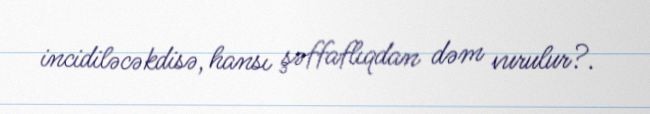
incidiləcəkdisə, hansı şəffaflıqdan dəm vurulur?.